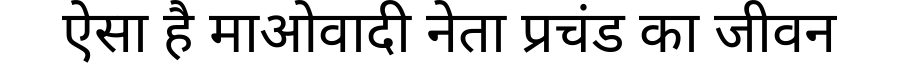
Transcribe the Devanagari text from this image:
ऐसा है माओवादी नेता प्रचंड का जीवन